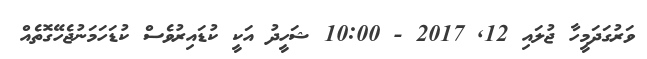
ވަރުގަދަމީހާ ޖުލައި 12